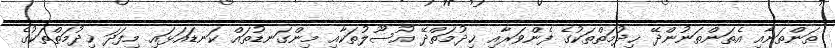
ތަންތަނާއި އެތަންތަނުންދޭ ޚިދުމަތްތަކުގެ ފެންވަރާއި ޚިދުމަތްދޭ އުސޫލުތަކާއި މިންގަނޑުތައް ކަނޑައަޅައި މިފަދަ ޚިދުމަތްތަކުގެ